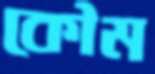
কৌম